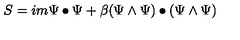
S = i m \Psi \bullet \Psi + \beta ( \Psi \wedge \Psi ) \bullet ( \Psi \wedge \Psi )